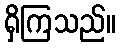
ရှိကြသည်။